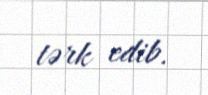
tərk edib.